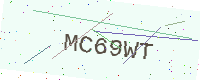
Text: MC69WT